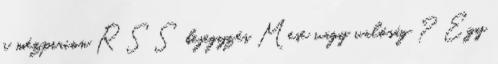
a mézpiacon RSS bejegyzés Mese vagy valóság ? Egy